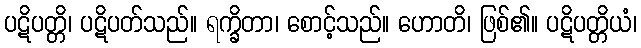
ပဋိပတ္တိ၊ ပဋိပတ်သည်။ ရက္ခိတာ၊ စောင့်သည်။ ဟောတိ၊ ဖြစ်၏။ ပဋိပတ္တိယံ၊